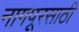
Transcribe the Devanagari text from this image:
नागपूरसाठी